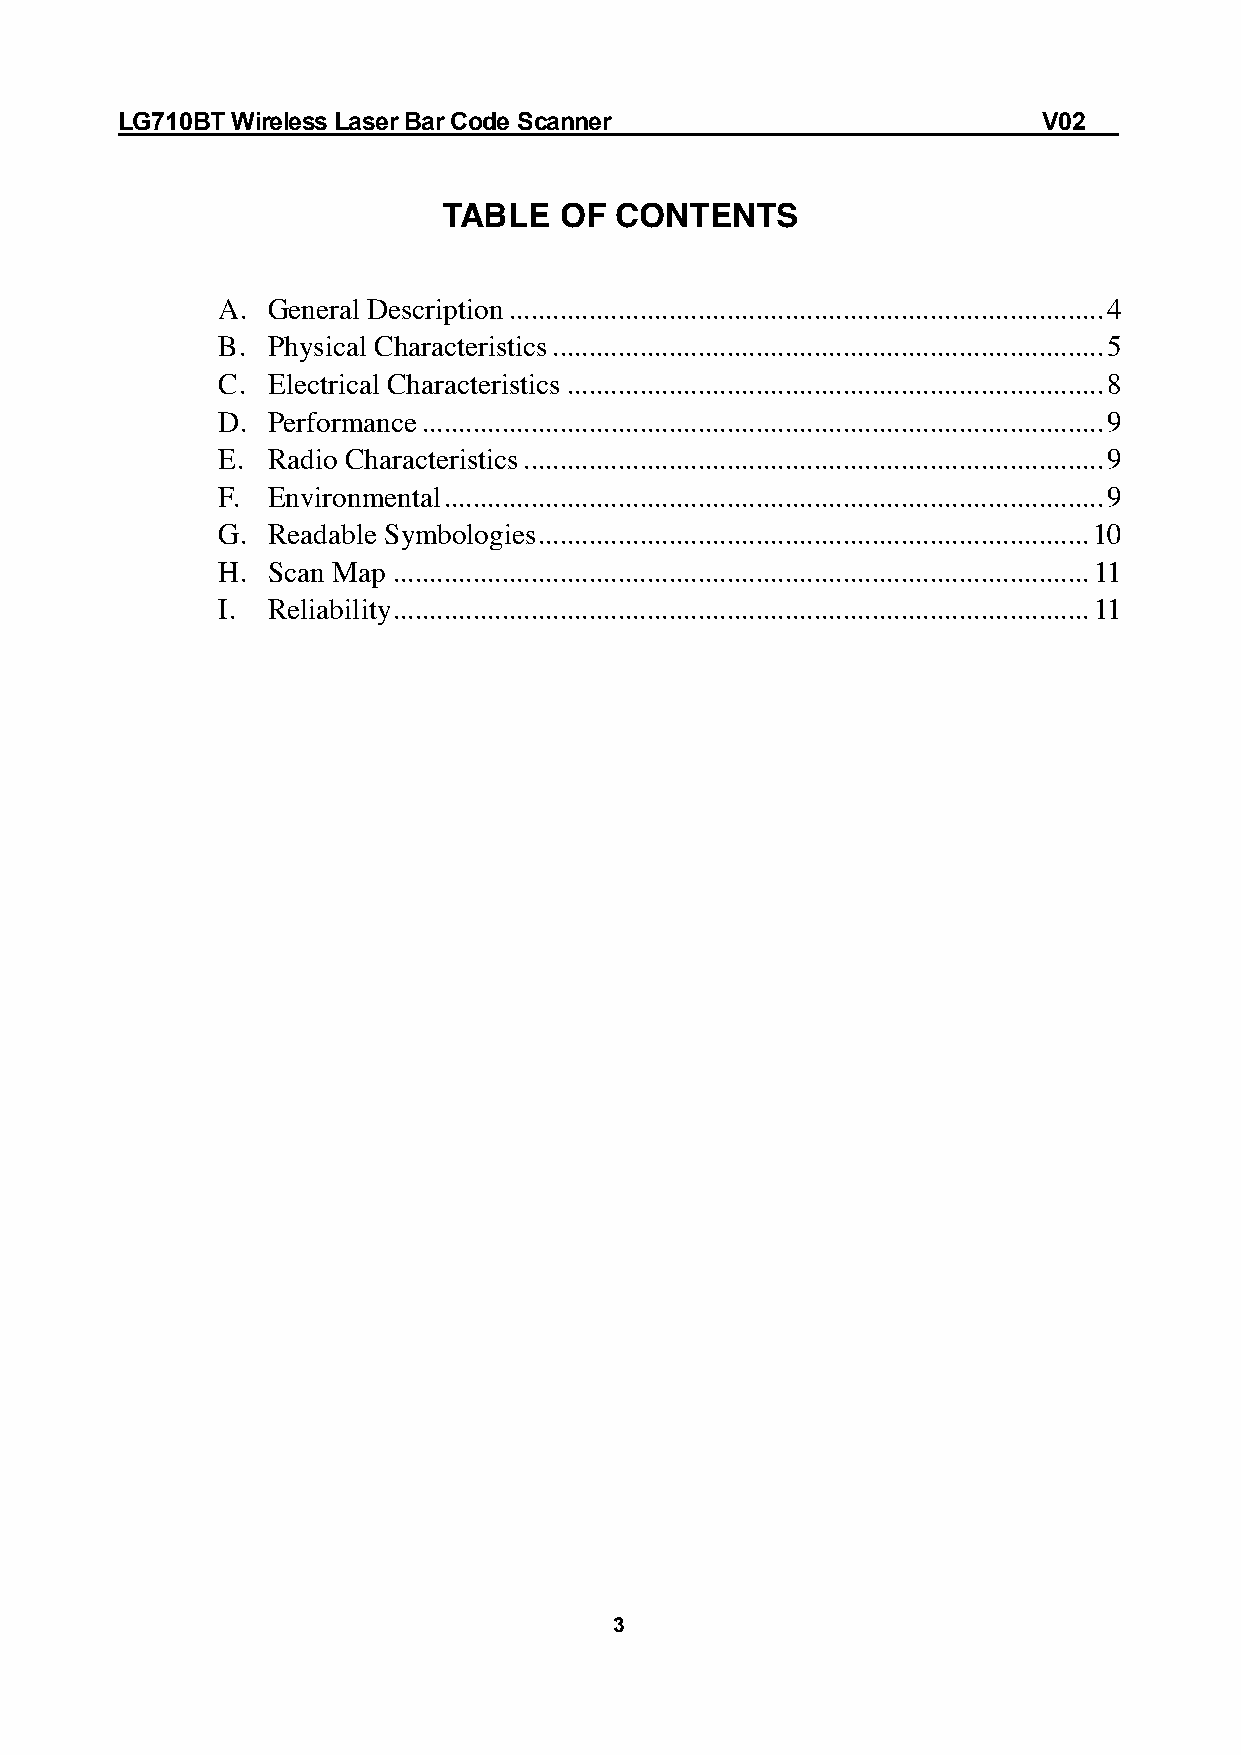
LG710BT Wireless Laser Bar Code Scanner                      V02
 TABLE   OF  CONTENTS
 A.  General Description .................................................................................. 4
 B.  Physical Characteristics ............................................................................ 5
 C.  Electrical Characteristics .......................................................................... 8
 D.  Performance .............................................................................................. 9
 E.  Radio Characteristics ................................................................................ 9
 F.  Environmental ........................................................................................... 9
 G.  Readable Symbologies ............................................................................ 10
 H.  Scan Map ................................................................................................ 11
 I.  Reliability ................................................................................................ 11
 3